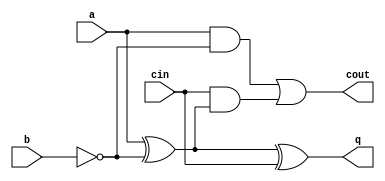
module FA(a,b,cin,q,cout);
input a,b,cin;
output q,cout;
wire B = ~b;
assign q = a^B^cin;
assign cout = (a&B)|(cin&(a^B));
endmodule

module MUX(x0,x1,s,out);
input x0,x1,s;
output out;
assign
	out=(x0*(~s))|(x1*s);
endmodule

module Div(a,b,x,y,q);
input a;
input [7:0]b;
input [7:0]x;
output [7:0]y;
output q;

wire [8:0]c;
wire [8:0]d;
wire [7:0]e;

FA p0(a,b[0],1'b1, d[0], c[0]);
FA p1(x[0], b[1], c[0], d[1], c[1]);
FA p2(x[1], b[2], c[1], d[2], c[2]);
FA p3(x[2], b[3], c[2], d[3], c[3]);
FA p4(x[3], b[4], c[3], d[4], c[4]);
FA p5(x[4], b[5], c[4], d[5], c[5]);
FA p6(x[5], b[6], c[5], d[6], c[6]);
FA p7(x[6], b[7], c[6], d[7], c[7]);
FA p8(x[7], 1'b0, c[7], d[8], c[8]);
assign q = c[8];
MUX m0(a,d[0],c[8],e[0]);
MUX m1(x[0],d[1],c[8],e[1]);
MUX m2(x[1],d[2],c[8],e[2]);
MUX m3(x[2],d[3],c[8],e[3]);
MUX m4(x[3],d[4],c[8],e[4]);
MUX m5(x[4],d[5],c[8],e[5]);
MUX m6(x[5],d[6],c[8],e[6]);
MUX m7(x[6],d[7],c[8],e[7]);
assign y = e;
endmodule

module divider_16bit(clk, A ,B, Q0);
input clk;
input [15:0]A;
input [7:0]B;
output [7:0]Q0;

wire [127:0]X;
wire [15:0]Q;
reg [31:0]r1;
reg [31:0]r2;
reg [31:0]r3;
reg [15:0]r4;
always @(posedge clk)
begin
r1[31:28] <= Q[15:12];
r1[27:20] <= X[31:24];
r1[19:12] <= B[7:0];
r1[11:0]  <= A[11:0];

r2[31:28] <= r1[31:28];
r2[27:24] <= Q[11:8];
r2[23:16] <= X[63:56];
r2[15:8] <= r1[19:12];
r2[7:0] <= r1[7:0];

r3[31:24] <= r2[31:24];
r3[23:20] <= Q[7:4];
r3[19:12] <= X[95:88];
r3[11:4] <= r2[15:8];
r3[3:0] <= r2[3:0];

r4[15:4] <= r3[31:20];
r4[3:0] <= Q[3:0];
end
//tang 1
Div d1(A[15],B,8'd0,X[7:0],Q[15]);
//tang 2
Div d2(A[14],B,X[7:0],X[15:8],Q[14]);
//tang 3
Div d3(A[13],B,X[15:8],X[23:16],Q[13]);
//tang 4
Div d4(A[12],B,X[23:16],X[31:24],Q[12]);

//tang 5
Div d5(r1[11],r1[19:12],r1[27:20],X[39:32],Q[11]);
//tang 6
Div d6(r1[10],r1[19:12],X[39:32],X[47:40],Q[10]);
//tang 7
Div d7(r1[9],r1[19:12],X[47:40],X[55:48],Q[9]);
//tang 8
Div d8(r1[8],r1[19:12],X[55:48],X[63:56],Q[8]);

//tang 9
Div d9(r2[7],r2[15:8],r2[23:16],X[71:64],Q[7]);
//tang 10
Div d10(r2[6],r2[15:8],X[71:64],X[79:72],Q[6]);
//tang 11
Div d11(r2[5],r2[15:8],X[79:72],X[87:80],Q[5]);
//tang 12
Div d12(r2[4],r2[15:8],X[87:80],X[95:88],Q[4]);

//tang 13
Div d13(r3[3],r3[11:4],r3[19:12],X[103:96],Q[3]);
//tang 14
Div d14(r3[2],r3[11:4],X[103:96],X[111:104],Q[2]);
//tang 15
Div d15(r3[1],r3[11:4],X[111:104],X[119:112],Q[1]);
//tang 16
Div d16(r3[0],r3[11:4],X[119:112],X[127:120],Q[0]);
assign Q0 = r4[7:0];
endmodule